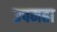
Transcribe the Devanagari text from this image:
उपमहा